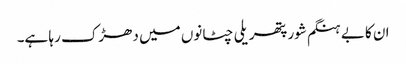
ان کا بے ہنگم شور پتھریلی چٹانوں میں دھڑک رہا ہے۔